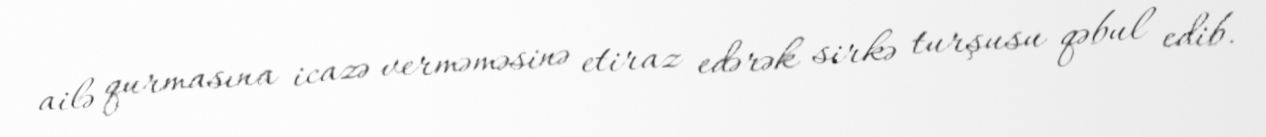
ailə qurmasına icazə verməməsinə etiraz edərək sirkə turşusu qəbul edib.